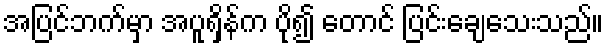
အပြင်ဘက်မှာ အပူရှိန်က ပို၍ တောင် ပြင်းချေသေးသည်။